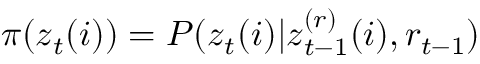
\pi ( \boldsymbol { z } _ { t } ( i ) ) = P ( \boldsymbol { z } _ { t } ( i ) | \boldsymbol { z } _ { t - 1 } ^ { ( r ) } ( i ) , r _ { t - 1 } )